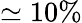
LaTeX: \simeq 10\%